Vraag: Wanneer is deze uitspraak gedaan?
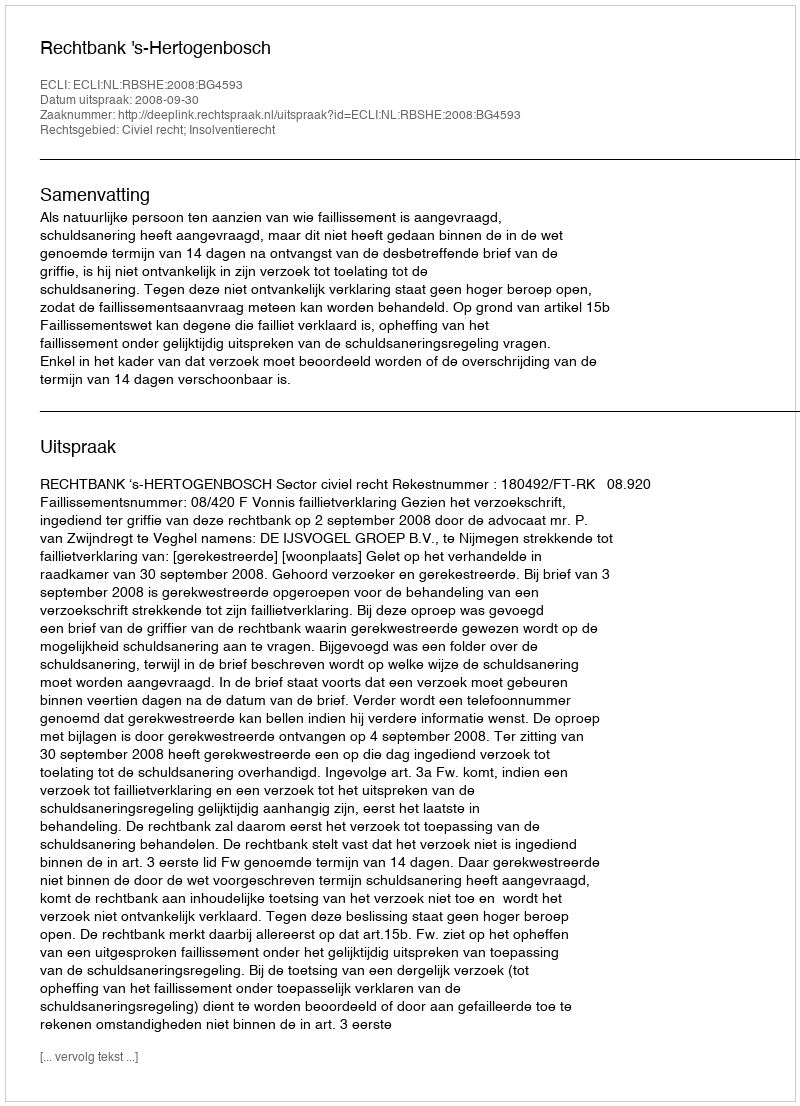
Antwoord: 2008-09-30